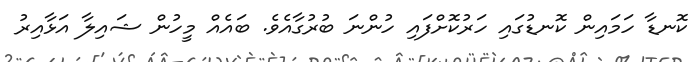
ކޮނޑާ ހަމައިން ކޮނޑުގައި ހަރުކޮށްފައި ހުންނަ ބުރުގާއެވެ. ބައެއް މީހުން ޝައިލާ އަޅާއިރު